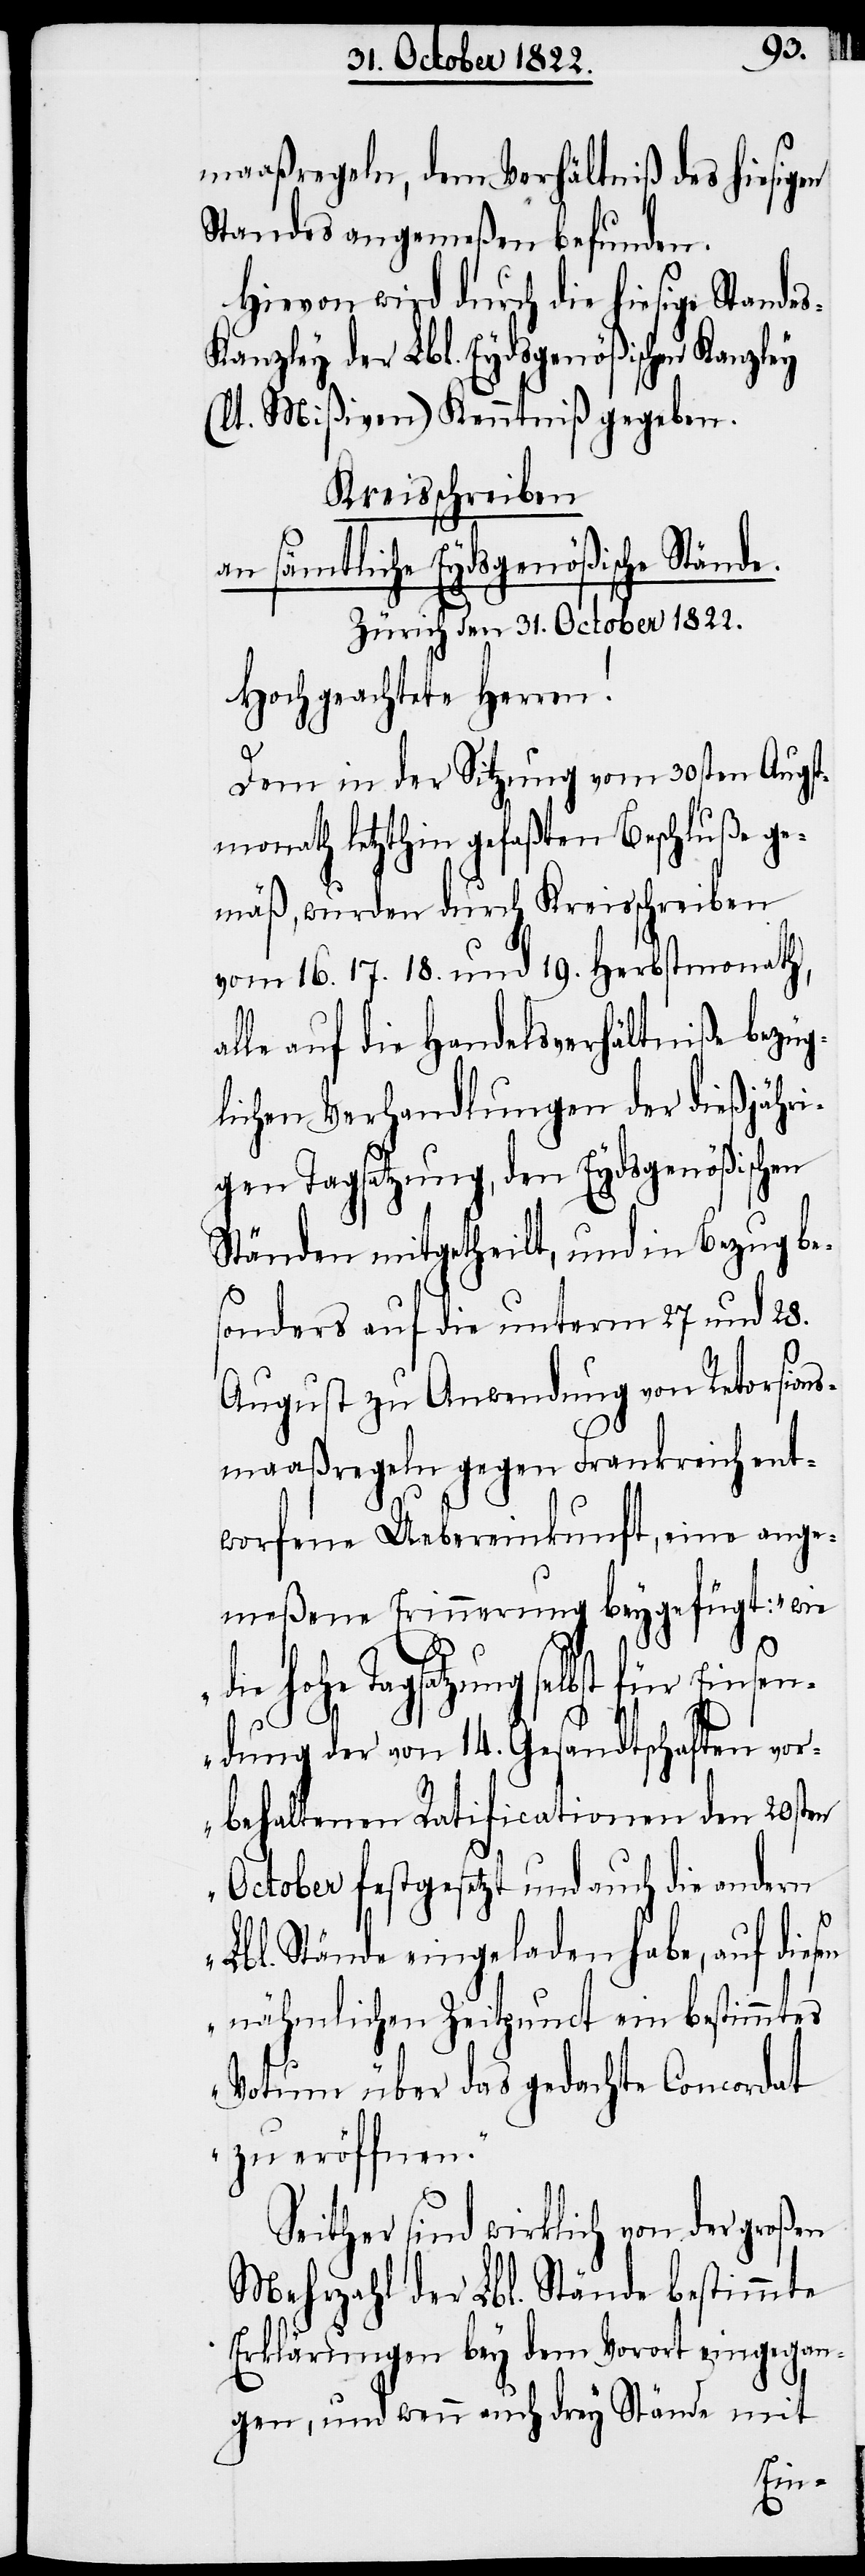
a¬
maaßregeln, dem Verhältniß des hiesigen
Standes angemeßen befunden.
Hievon wird durch die hiesige Stande¬
anzley der Lbl. Eydsgenößischen Kanzley
(lt. Mißiven) Kenntniß gegeben.
Kreisschreiben
an sämtliche Eydsgenößische Stände.
Zürich den 31. October 1822.
Hochgeachtete Herren!
Dem in der Sitzung vom 30sten Augst¬
monath letzthin gefaßten Beschluße ge¬
mäß, wurden durch Kreisschreiben
vom 16. 17. 18. und 19. Herbstmonath,
lle auf die Handelsverhältniße bezüg¬
lichen Verhandlungen der dießjähri¬
gen Tagsatzung, den Eydsgenößischen
Ständen mitgetheilt, und in Bezug bes¬
onders auf die unterm 27 und 28.
August zu Anwendung von Retorsions¬
maaßregeln gegen Frankreich ent¬
worfene Uebereinkunft, eine ange¬
meßene Erinnerung beygefügt: „wie
die hohe Tagsatzung selbst
endung der von 14. Gesandtschaften vor¬
behaltenen Ratificationen den 20sten
October festgesetzt und auch die andern
Lbl. Stände eingeladen habe, auf dies¬
en nähmlichen Zeitpunct ein bestimmtes
Votum über das gedachte Concordat
zu eröffnen.“
Seither sind wirklich von der großen
Mehrzahl der Lbl. Stände bestimmte
Erklärungen bey dem Vorort eingegan¬
gen, und wenn auch drey Stände mit
Eins¬